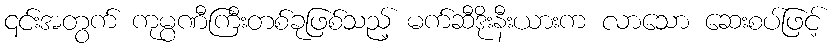
၎င်းအတွက် ကုမ္ပဏီကြီးတစ်ခုဖြစ်သည့် မက်ဆီဒိုးနီးယားက လာသော ဆေးစပ်ဖြင့်